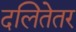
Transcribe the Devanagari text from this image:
दलितेतर